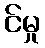
င်မှု